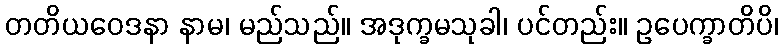
တတိယဝေဒနာ နာမ၊ မည်သည်။ အဒုက္ခမသုခါ၊ ပင်တည်း။ ဥပေက္ခာတိပိ၊